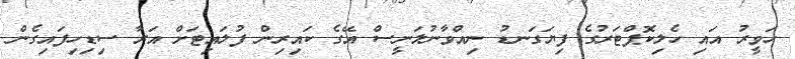
ހަވީރު އައި ހެލިކޮޕްޓަރުގެ ފިޔަގަނޑު ނިއްވާނުލަނީސް އޭގެ ކައިރިން ފުލައިޓަށް އަރާ ސިޑިހިފައިގެން